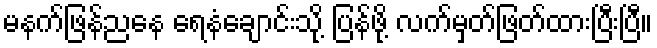
မနက်ဖြန်ညနေ ရေနံချောင်းသို့ ပြန်ဖို့ လက်မှတ်ဖြတ်ထားပြီးပြီ။